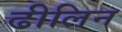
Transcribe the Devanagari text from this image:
ढीलिन